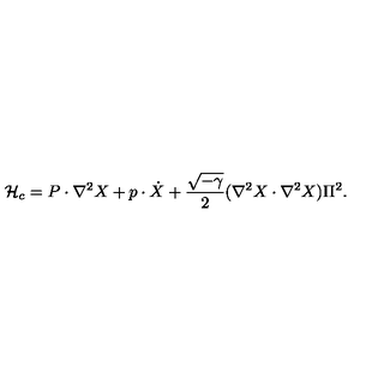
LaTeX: { \cal H } _ { c } = P \cdot \nabla ^ { 2 } X + p \cdot \dot { X } + { \frac { \sqrt { - \gamma } } { 2 } } ( \nabla ^ { 2 } X \cdot \nabla ^ { 2 } X ) \Pi ^ { 2 } .